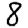
Digit: 8